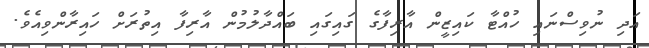
އަދި ނުވިސްނައި ހުއްޓާ ކައިޒީން އާރިފާގެ ގައިގައި ބައްދާލުމުން އާރިފާ އިތުރަށް ހައިރާންވިއެވެ.